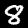
Label: 8